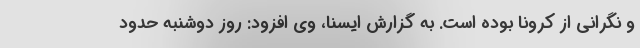
و نگرانی از کرونا بوده است. به گزارش ایسنا، وی افزود: روز دوشنبه حدود